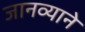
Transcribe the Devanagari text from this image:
जानव्याने